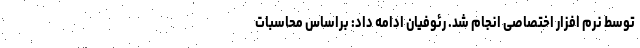
توسط نرم افزار اختصاصی انجام شد. رئوفیان ادامه داد: براساس محاسبات